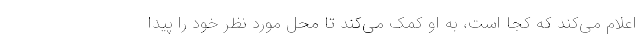
اعلام می‌کند که کجا است، به او کمک می‌کند تا محل مورد نظر خود را پیدا